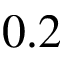
0 . 2